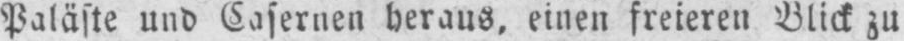
Paläste und Casernen heraus, einen freieren Blick zu